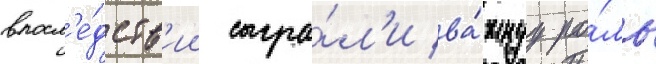
впосл'е́дств'ии сыгра́л'и ва́жнуу ро́ль